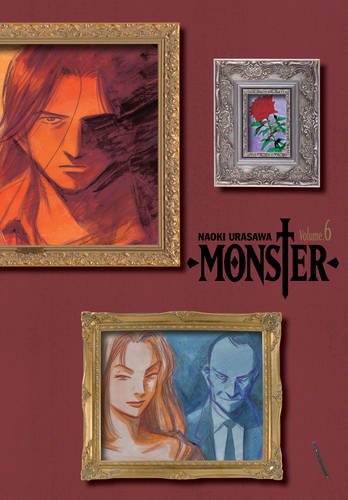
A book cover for Monster, Vol. 6: The Perfect Edition; Naoki Urasawa; Comics & Graphic Novels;